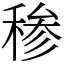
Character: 䅟